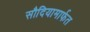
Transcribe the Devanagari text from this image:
सौदियामार्फत